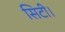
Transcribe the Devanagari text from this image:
सिटी।